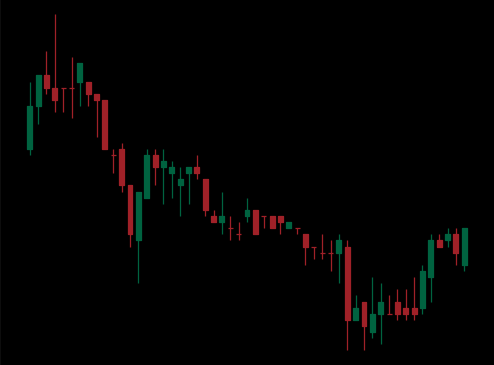
Pattern: bull_flag